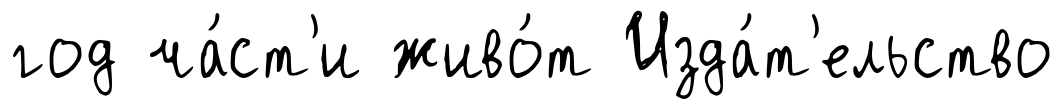
год ча́ст'и живо́т Изда́т'ельство